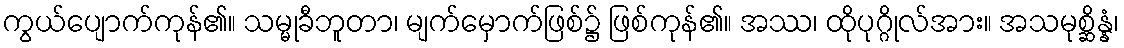
ကွယ်ပျောက်ကုန်၏။ သမ္မုခီဘူတာ၊ မျက်မှောက်ဖြစ်၌ ဖြစ်ကုန်၏။ အဿ၊ ထိုပုဂ္ဂိုလ်အား။ အသမုစ္ဆိန္နံ၊